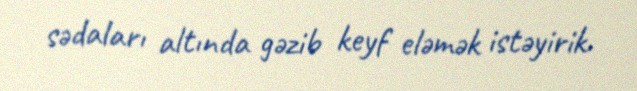
sədaları altında gəzib keyf eləmək istəyirik.